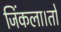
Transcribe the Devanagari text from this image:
जिंकला।तो